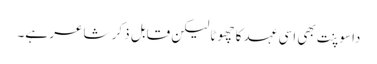
داسوپنت بھی اسی عہد کا چھوٹا لیکن قابل ذکر شاعر ہے۔